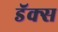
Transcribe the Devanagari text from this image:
डॅक्स